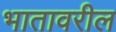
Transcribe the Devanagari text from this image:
भातावरील